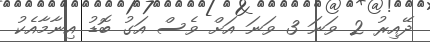
ދޭއިރު 2 ވަނަ 3 ވަނަ އަށް ވެސް އަގު ބޮޑު އިނާމާއެކު